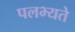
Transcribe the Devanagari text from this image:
पलभ्यते